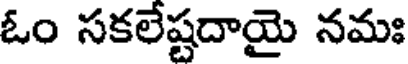
ఓం సకలేష్టదాయై నమః